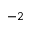
^ { - 2 }